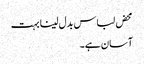
محض لباس بدل لینا بہت
آسان ہے۔